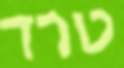
טרד